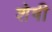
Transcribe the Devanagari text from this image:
शेषी